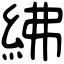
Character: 紼